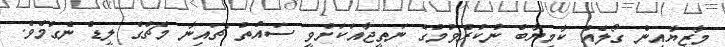
މާޒިޔާއިން ގޯލެއް ކާމިޔާބް ނުކުރެވުމުގެ ނަތީޖާއަކަށްވީ ސައުތު ޗައިނާ މެޗްގެ ލީޑް ނެގުމެވެ.